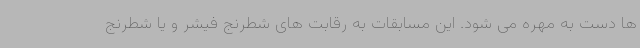
ها دست به مهره می شود. این مسابقات به رقابت های شطرنج فیشر و یا شطرنج